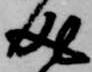
成